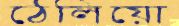
ঠেলিয়ো